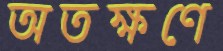
অতক্ষণে